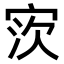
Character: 𫳎